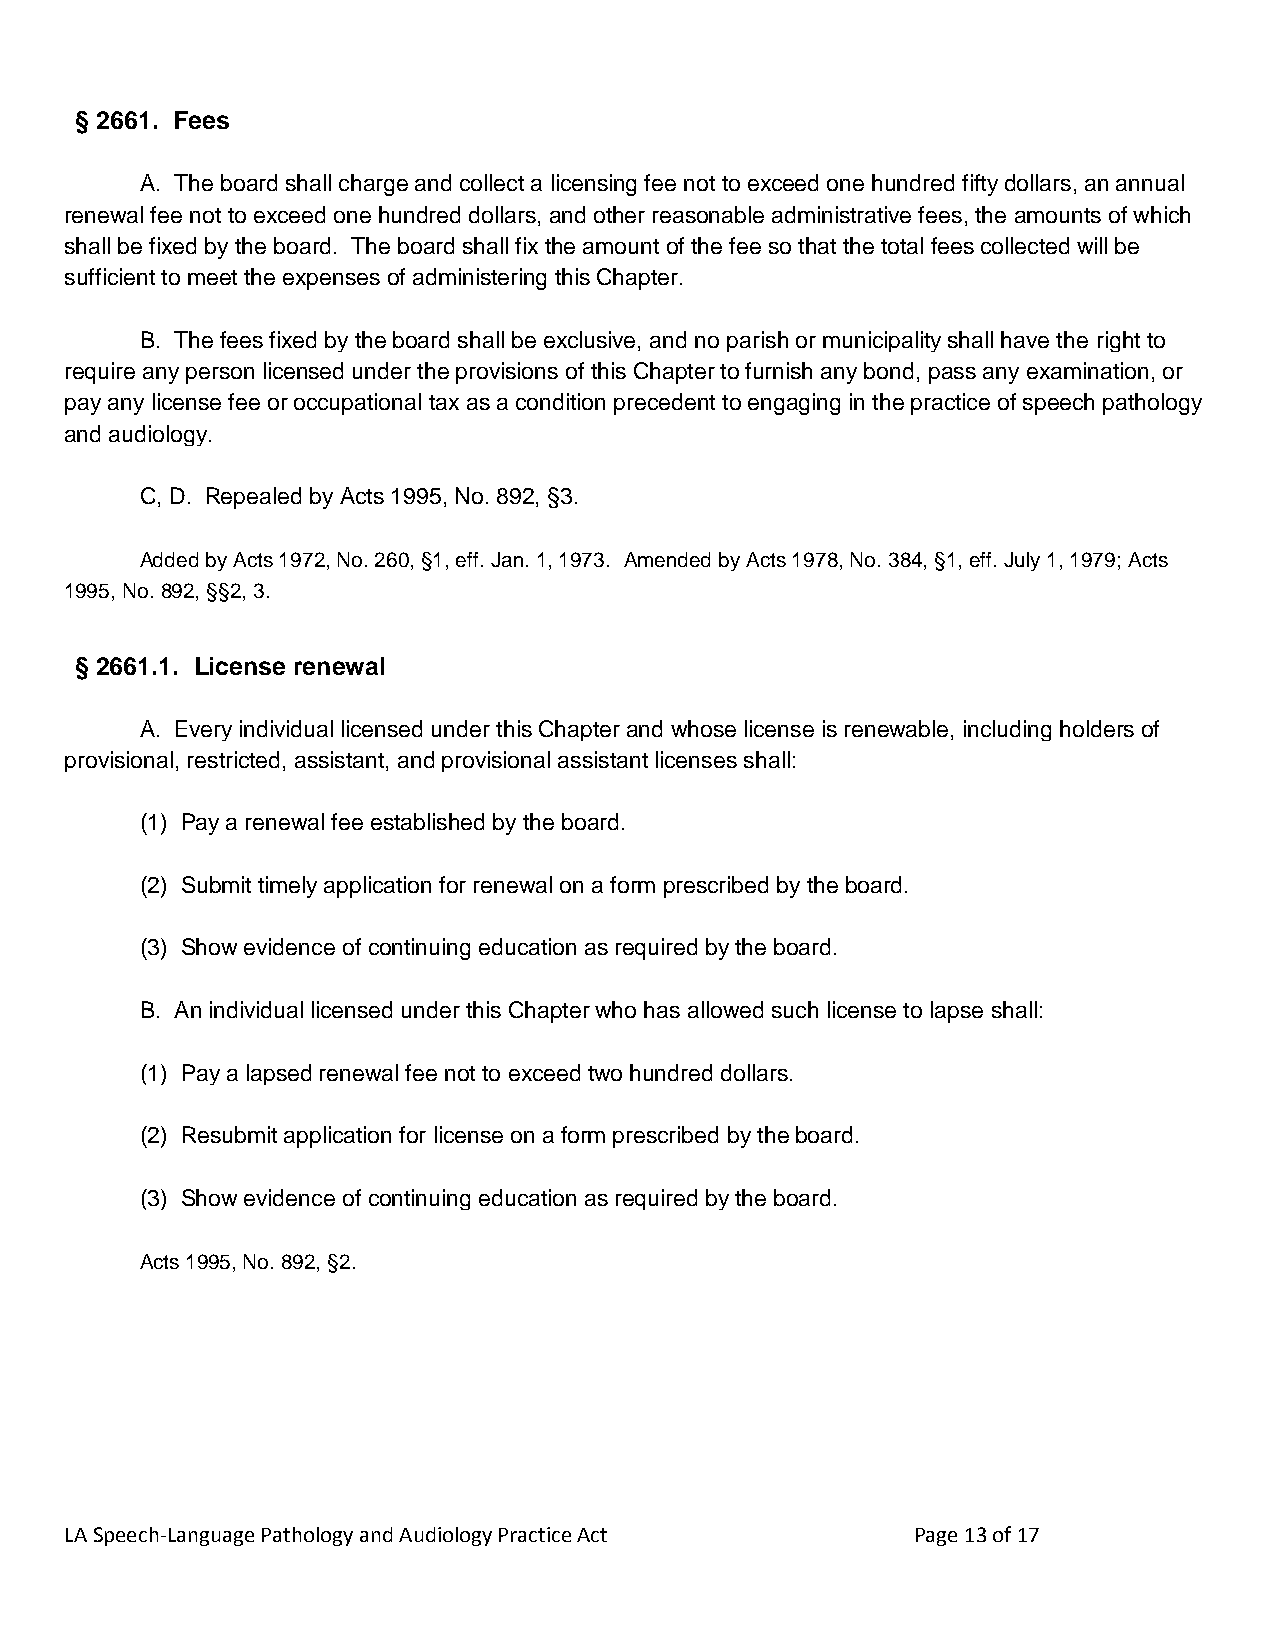
§ 2661. Fees
 A. The board shall charge and collect a licensing fee not to exceed one hundred fifty dollars, an annual
 renewal fee not to exceed one hundred dollars, and other reasonable administrative fees, the amounts of which
 shall be fixed by the board. The board shall fix the amount of the fee so that the total fees collected will be
 sufficient to meet the expenses of administering this Chapter.
 B. The fees fixed by the board shall be exclusive, and no parish or municipality shall have the right to
 require any person licensed under the provisions of this Chapter to furnish any bond, pass any examination, or
 pay any license fee or occupational tax as a condition precedent to engaging in the practice of speech pathology
 and audiology.
 C, D. Repealed by Acts 1995, No. 892, §3.
 Added by Acts 1972, No. 260, §1, eff. Jan. 1, 1973. Amended by Acts 1978, No. 384, §1, eff. July 1, 1979; Acts
 1995, No. 892, §§2, 3.
 § 2661.1. License renewal
 A. Every individual licensed under this Chapter and whose license is renewable, including holders of
 provisional, restricted, assistant, and provisional assistant licenses shall:
 (1) Pay a renewal fee established by the board.
 (2) Submit timely application for renewal on a form prescribed by the board.
 (3) Show evidence of continuing education as required by the board.
 B. An individual licensed under this Chapter who has allowed such license to lapse shall:
 (1) Pay a lapsed renewal fee not to exceed two hundred dollars.
 (2) Resubmit application for license on a form prescribed by the board.
 (3) Show evidence of continuing education as required by the board.
 Acts 1995, No. 892, §2.
 LA Speech-Language Pathology and Audiology Practice Act Page 13 of 17